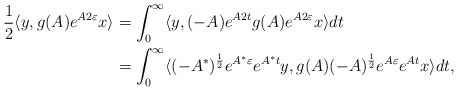
\begin{align*} \frac{1}{2}\langle y, g(A) e^{A2\varepsilon} x \rangle &= \int_0^{\infty} \langle y, (-A) e^{A2t} g(A) e^{A2\varepsilon} x \rangle dt\\ &= \int_0^{\infty} \langle (-A^*)^{\frac{1}{2}} e^{A^*\varepsilon} e^{A^* t} y , g(A) (-A)^{\frac{1}{2}}e^{A\varepsilon} e^{A t} x \rangle dt,\end{align*}